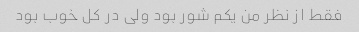
فقط از نظر من یکم شور بود ولی در کل خوب بود